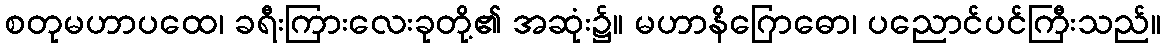
စတုမဟာပထေ၊ ခရီးကြားလေးခုတို့၏ အဆုံး၌။ မဟာနိဂြောဓော၊ ပညောင်ပင်ကြီးသည်။